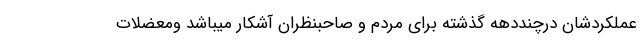
عملکردشان درچنددهه گذشته برای مردم و صاحبنظران آشکار میباشد ومعضلات